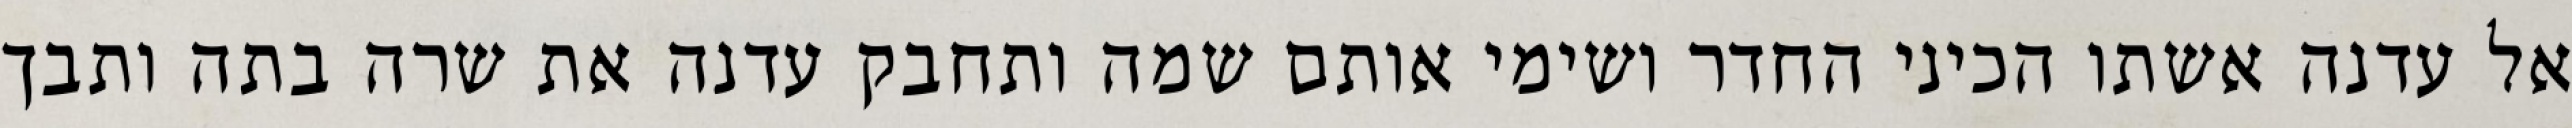
אל עדנה אשתו הכיני החדר ושימי אותם שמה ותחבק עדנה את שרה בתה ותבך